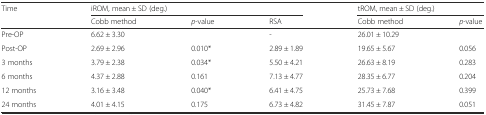
<table><thead><tr><td><b>Time</b></td><td colspan="3"><b>iROM, mean ± SD (deg.)</b></td><td colspan="2"><b>tROM, mean ± SD (deg.)</b></td></tr><tr><td></td><td><b>Cobb method</b></td><td><b><i>p</i>-value</b></td><td><b>RSA</b></td><td><b>Cobb method</b></td><td><b><i>p</i>-value</b></td></tr></thead><tbody><tr><td>Pre-OP</td><td>6.62 ± 3.30</td><td></td><td>-</td><td>26.01 ± 10.29</td><td></td></tr><tr><td>Post-OP</td><td>2.69 ± 2.96</td><td>0.010*</td><td>2.89 ± 1.89</td><td>19.65 ± 5.67</td><td>0.056</td></tr><tr><td>3 months</td><td>3.79 ± 2.38</td><td>0.034*</td><td>5.50 ± 4.21</td><td>26.63 ± 8.19</td><td>0.283</td></tr><tr><td>6 months</td><td>4.37 ± 2.88</td><td>0.161</td><td>7.13 ± 4.77</td><td>28.35 ± 6.77</td><td>0.204</td></tr><tr><td>12 months</td><td>3.16 ± 3.48</td><td>0.040*</td><td>6.41 ± 4.75</td><td>25.73 ± 7.68</td><td>0.399</td></tr><tr><td>24 months</td><td>4.01 ± 4.15</td><td>0.175</td><td>6.73 ± 4.82</td><td>31.45 ± 7.87</td><td>0.051</td></tr></tbody></table>